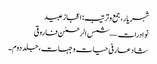
شہر یار، جمع و ترتیب: اعجاز عبید
نوادرات — شمس الرحمٰن فاروقی
شاد عارفی حیات و جہات، جلد دوم ۔